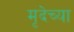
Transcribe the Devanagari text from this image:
मृदेच्या